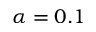
\alpha = 0 . 1